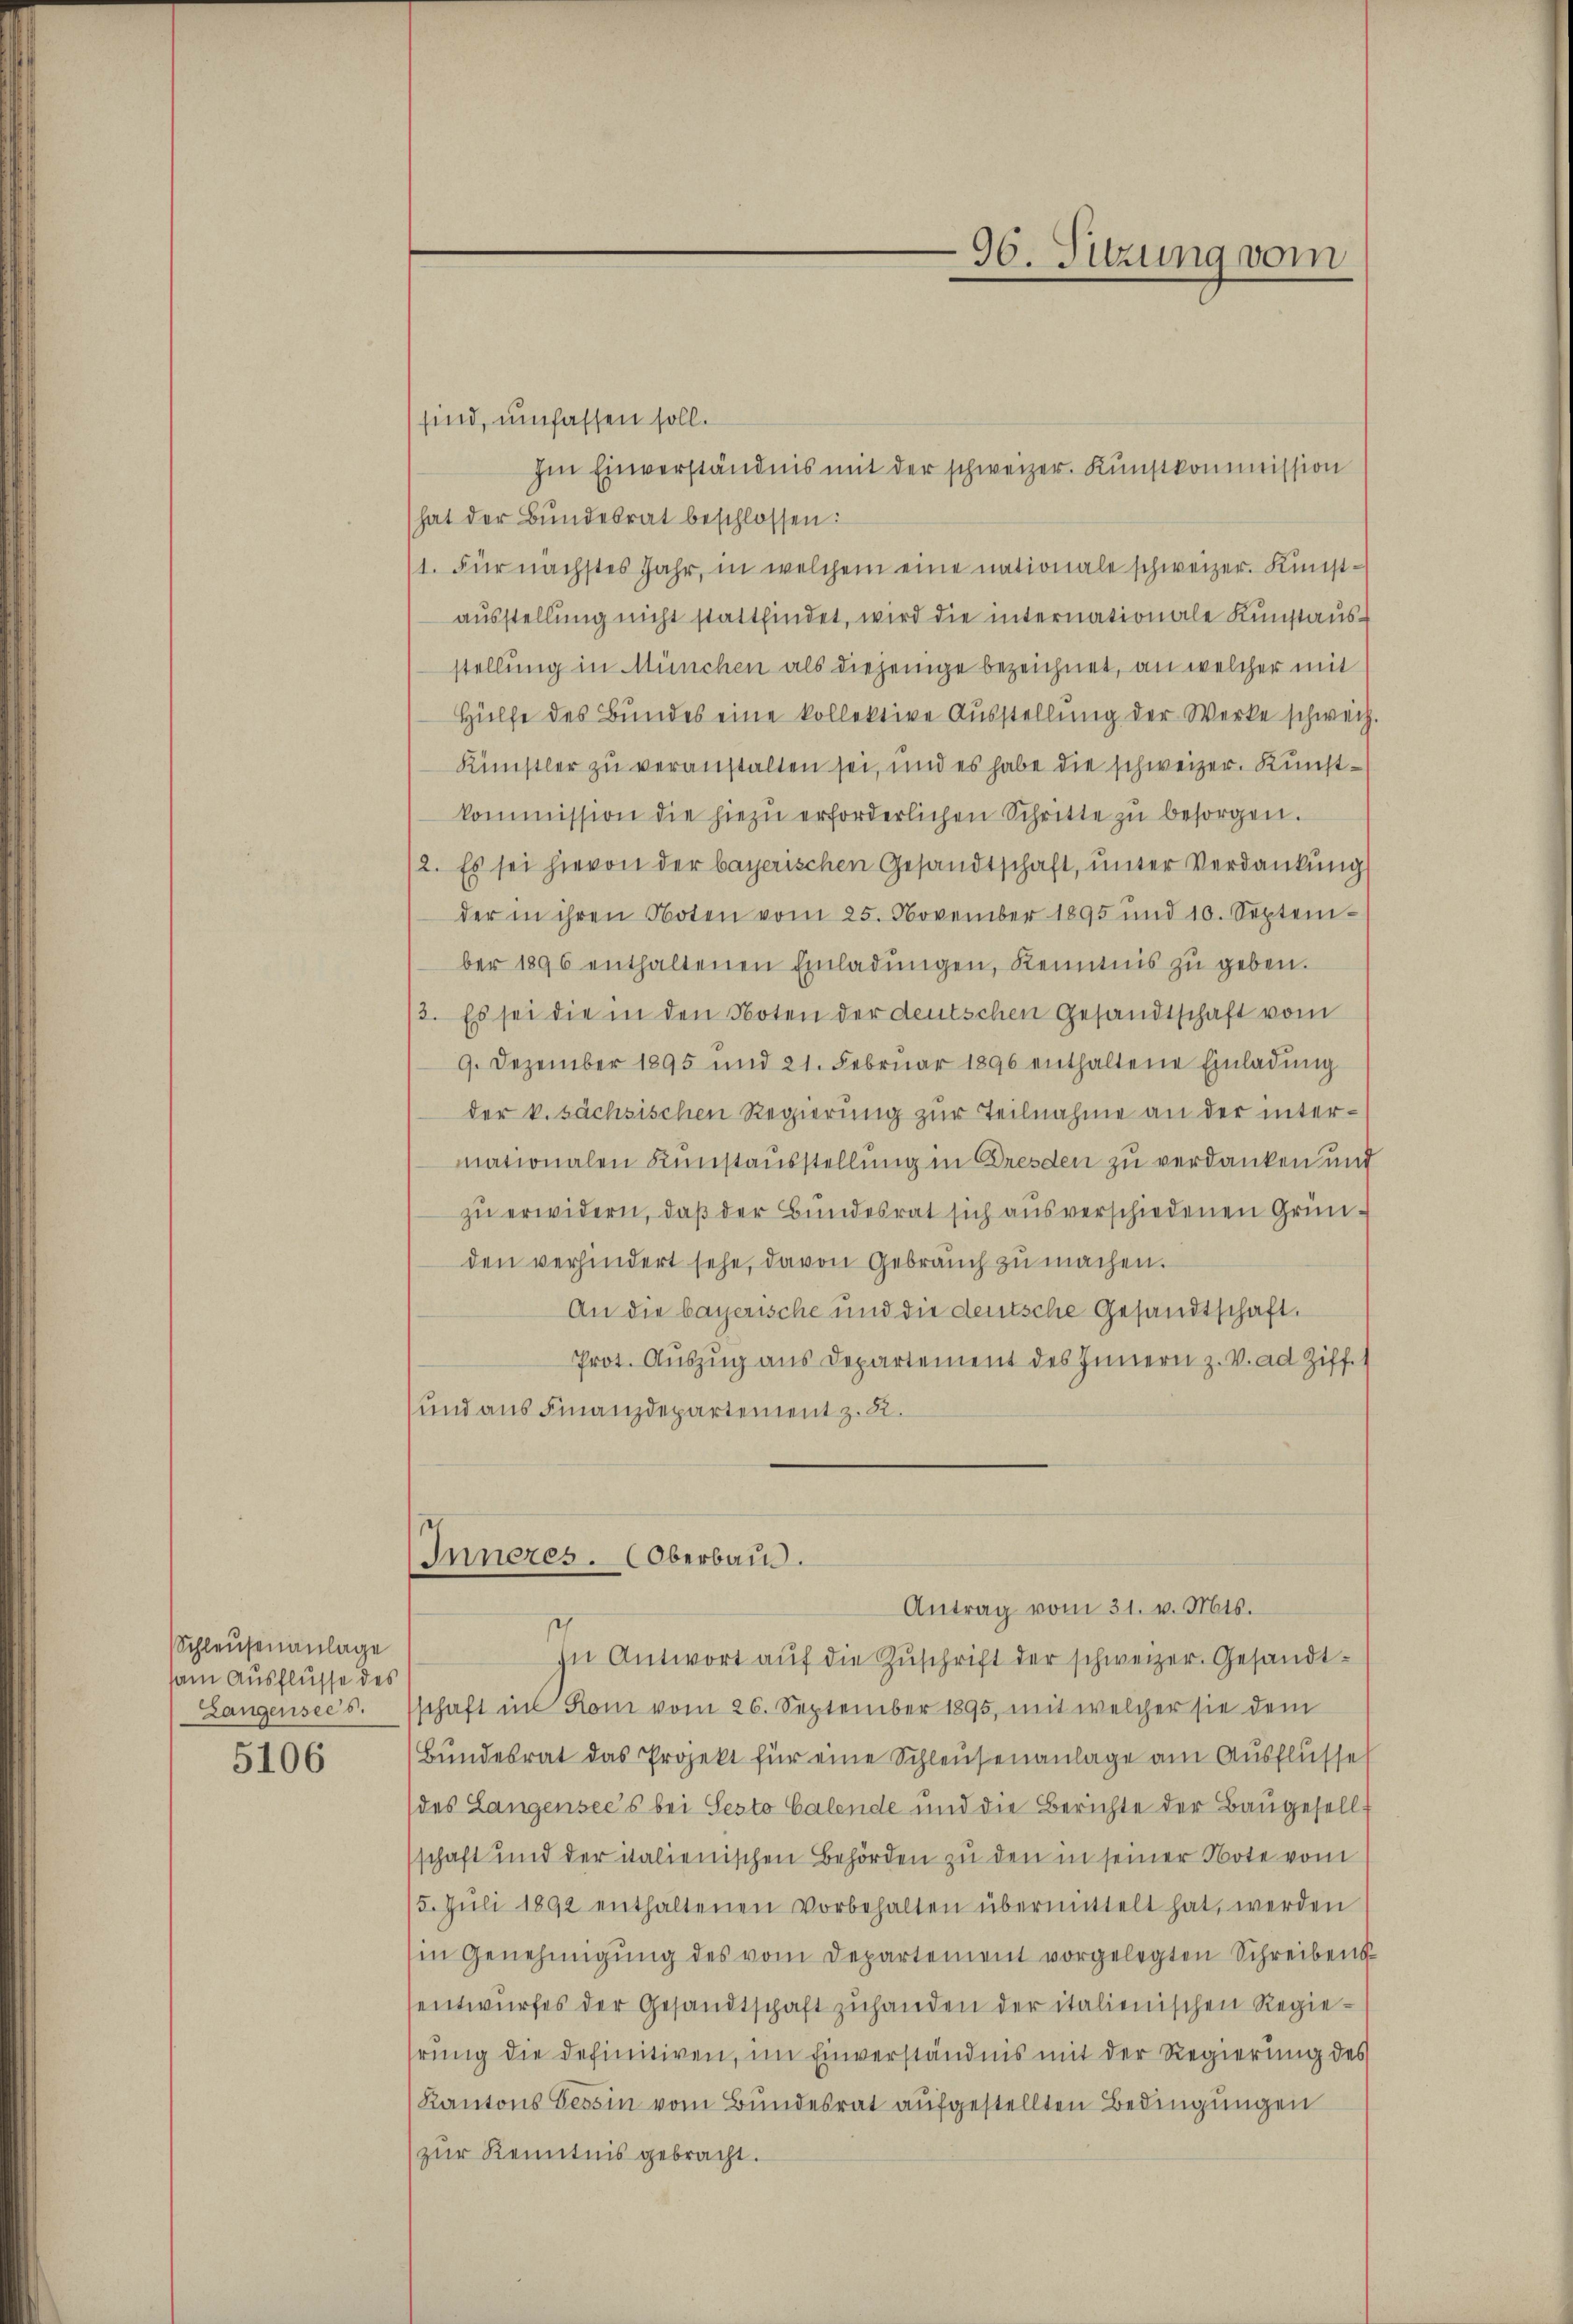
Schleusenanlage
am Ausflüsse des
Langensees.
5106

96. Sitzung vom

sind, umfassen soll.
Im Einverständnis mit der schweizer. Kunstkommission
hat der Bundesrat beschlossen:
1. Für nächstes Jahr, in welchem eine nationale schweizer. Kunst-
aŭsstellŭng nicht stattfindet, wird die internationale Kŭnstaŭs-
stellung in München als diejenige bezeichnet, an welcher mit
Hülfe des Bundes eine kollektive Ausstellung der Werke schweiz.
Künstler zu veranstalten sei, und es habe die schweizer. Kunstkommission die hiezŭ erforderlichen Schritte zŭ besorgen.
2. Es sei hievon der bayerischen Gesandtschaft, unter Verdankung
der in ihren Noten vom 25. November 1895 und 10. Septem-
ber 1896 enthaltenen Einladŭngen, Kenntnis zŭ geben.
/3. Es sei die in den Noten der deutschen Gesandtschaft vom
9. Dezember 1895 und 21. Februar 1896 enthaltene Einladung
der k. sächsischen Regierung zur Teilnahme an der intermationalen Runstausstellung in Dresden zu verdanken und
zŭ erwidern, daß der Bundesrat sich aus verschiedenen Gründen verhindert sehe, davon Gebrauch zu machen.
An die bayerische und die deutsche Gesandtschaft.
Prot. Auszug aus Departement des Innern z. V. ad Ziff. 1
und aus Finanzdepartement z. R.
Inneres. (Oberbau
Antrag vom 31. v. Mts.
In Antwort aŭf die Zŭschrift der schweizer. Gesandt-
schaft in Rom vom 26. September 1895, mit welcher sie dem
Bŭndesrat das Projekt für eine Schleußenanlage am Ausflüsse
des Langensee’s bei Sesto Galende und die Berichte der Baugesellschaft und der italienischen Behörden zu den in seiner Note vom
5. Jŭli 1892 enthaltenen Vorbehalten übermittelt hat, werden
in Genehmigŭng des vom Departement vorgelegten Schreibens
sentwurfes der Gesandtschaft zuhanden der italienischen Regiehrung die definitiven, im Einverständnis mit der Regierung des
Kantons Tessin vom Bundesrat aufgestellten Bedingungen
zŭr Kenntnis gebracht.